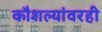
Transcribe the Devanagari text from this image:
कौशल्यांवरही